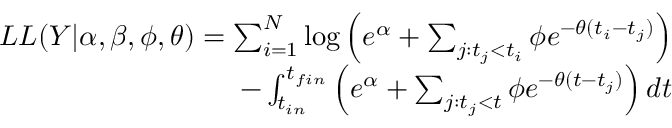
\begin{array} { r } { L L ( Y | \alpha , \beta , \phi , \theta ) = \sum _ { i = 1 } ^ { N } \log \left( e ^ { \alpha } + \sum _ { j : t _ { j } < t _ { i } } \phi e ^ { - \theta ( t _ { i } - t _ { j } ) } \right) } \\ { - \int _ { t _ { i n } } ^ { t _ { f i n } } \left( e ^ { \alpha } + \sum _ { j : t _ { j } < t } \phi e ^ { - \theta ( t - t _ { j } ) } \right) d t } \end{array}